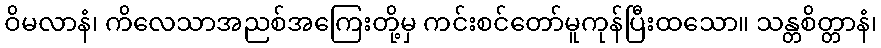
ဝိမလာနံ၊ ကိလေသာအညစ်အကြေးတို့မှ ကင်းစင်တော်မူကုန်ပြီးထသော။ သန္တစိတ္တာနံ၊